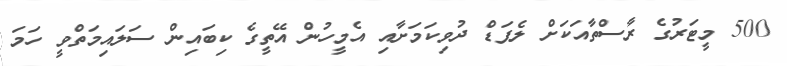
500 މީޓަރުގެ ރާސްތާއަކަށް ލެޕަޑް ދުވިކަމަށާއި އެމީހުން އޭތީގެ ކިބައިން ސަލައިމަތްވީ ހަމަ